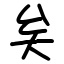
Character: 矣